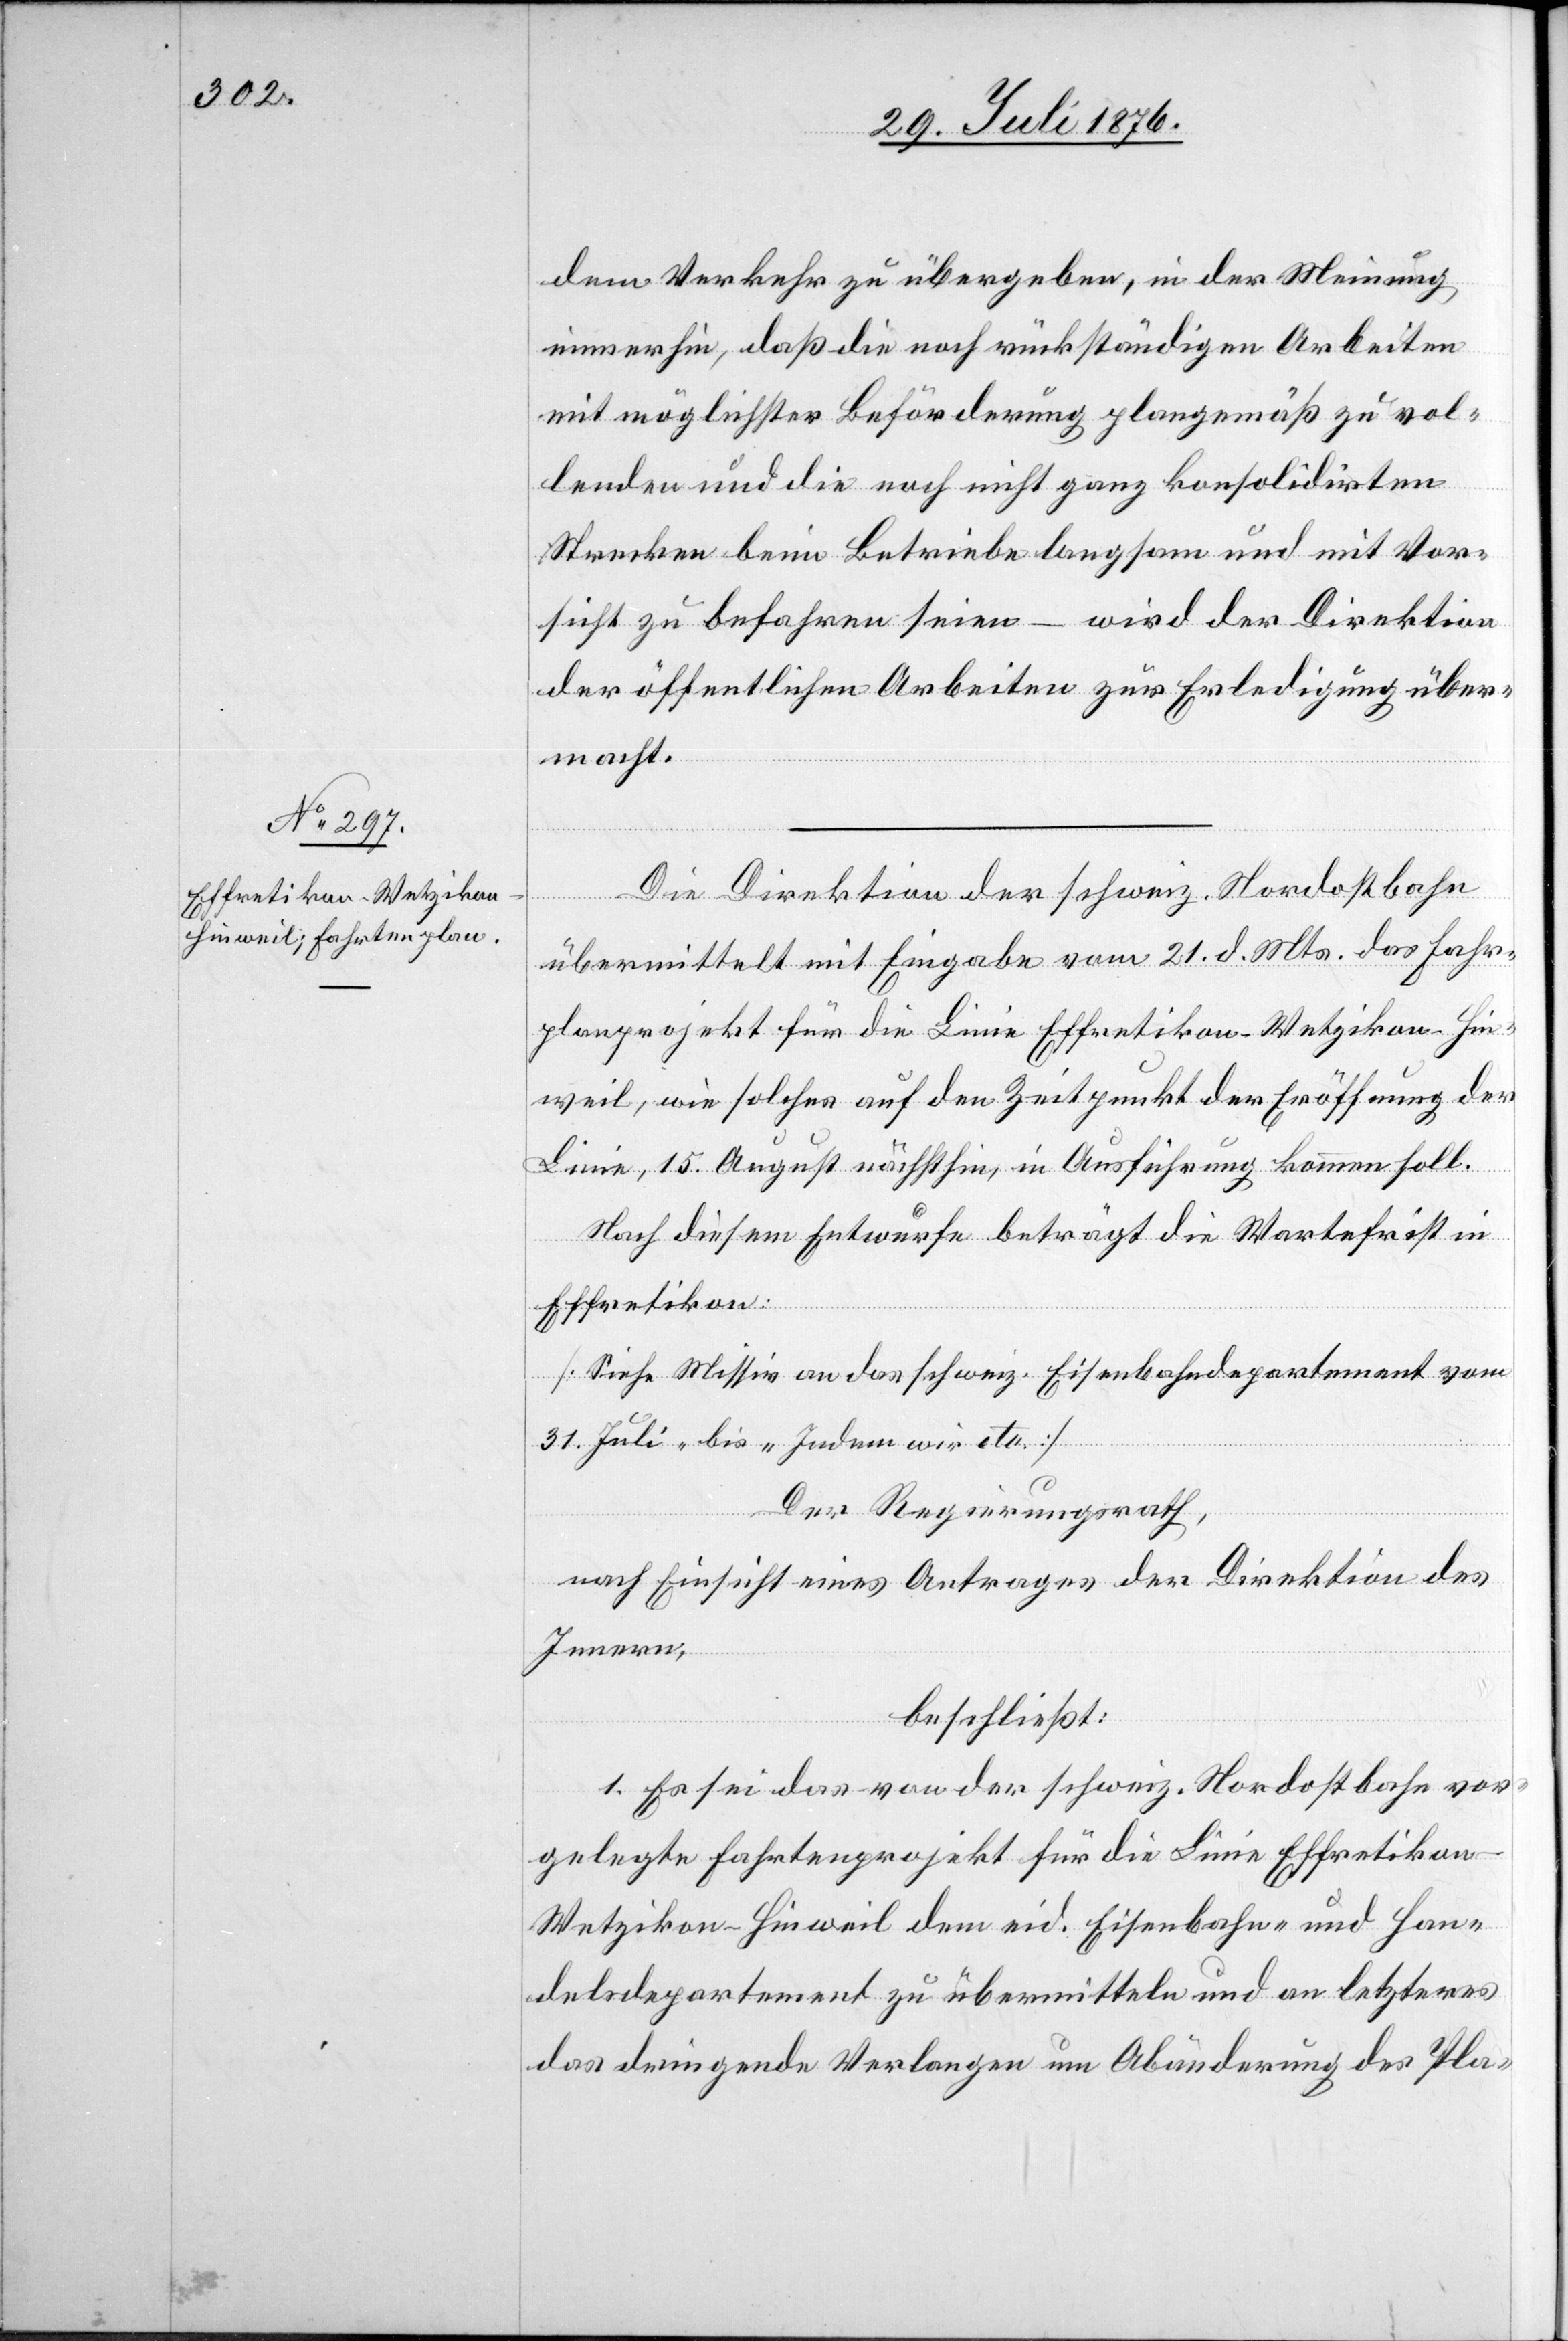
30. Juli 1876.]
dem Verkehr zu übergeben, in der Meinung
immerhin, daß die noch rückständigen Arbeiten
mit möglichster Beförderung plangemäß zu vol¬
lenden und die noch nicht ganz konsolidirten
Strecken beim Betriebe langsam und mit Vor¬
sicht zu befahren seien – wird der Direktion
der öffentlichen Arbeiten zur Erledigung über¬
macht.
Die Direktion der schweiz. Nordostbahn
übermittelt mit Eingabe vom 21. d. Mts. das Fahr¬
planprojekt für die Linie Effretikon–Wetzikon–Hin¬
weil, wie solches auf den Zeitpunkt der Eröffnung der
Linie, 15. August nächsthin, in Ausführung kommen soll.
Nach diesem Entwurfe beträgt die Wartefrist in
Effretikon:
[Siehe Missiv an das schweiz. Eisenbahndepartement vom
31. Juli “ bis „indem wir etc.[“]]
Der Regierungsrath,
nach Einsicht eines Antrages der Direktion des
Innern,
beschließt:
1. Es sei das von der schweiz. Nordostbahn vor¬
gelegte Fahrtenprojekt für die Linie Effretiko¬
n–Wetzikon–Hinweil dem eid. Eisenbahn- und Han¬
delsdepartement zu übermitteln und an letzteres
das dringende Verlangen um Abänderung des Pla-